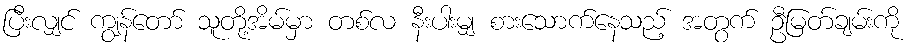
ပြီးလျှင် ကျွန်တော် သူတို့အိမ်မှာ တစ်လ နီးပါးမျှ စားသောက်နေသည့် အတွက် ဦမြတ်ချမ်းကို